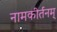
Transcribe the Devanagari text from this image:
नामकीर्तनम्